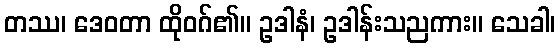
တဿ၊ ဒေဝတာ ထိုဝဂ်၏။ ဥဒါနံ၊ ဥဒါန်းသညကား။ သေခါ၊